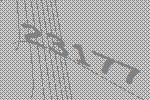
23177